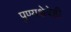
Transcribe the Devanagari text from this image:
पुण्यक्षेत्रेही